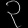
Digit: ၃